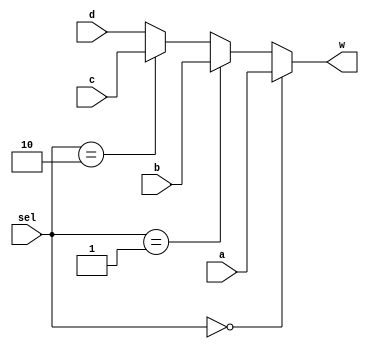
module Mux_12bit_4to2(input [11:0]a,b,c,d,input [1:0]sel,output [11:0]w);
	assign w=(sel==2'b00)? a :(sel==2'b01) ? b:(sel==2'b10)? c: d;
endmodule